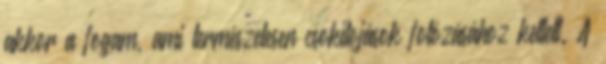
akkor a fogam, ami természetesen csokitojások fotózásához kellett. A